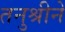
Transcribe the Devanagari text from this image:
तनुश्रीने